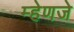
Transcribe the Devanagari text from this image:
म्हेणजे